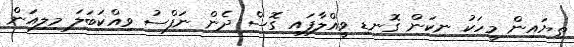
ތިޔައިން މީހަކު ނިކަން ގޮނޑި ވީއްލާފައި ގޮސް ދެން ނަފްސު ވިއްކަބަލަ މިލިއަން